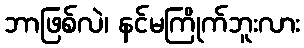
ဘာဖြစ်လဲ၊ နင်မကြိုက်ဘူးလား